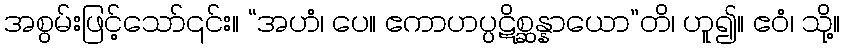
အစွမ်းဖြင့်သော်၎င်း။ “အဟံ၊ ပေ။ ဧကာဟပ္ပဋိစ္ဆန္နာယော”တိ၊ ဟူ၍။ ဧဝံ၊ သို့။